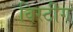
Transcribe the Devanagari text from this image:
विस्टीग